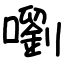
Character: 嚠